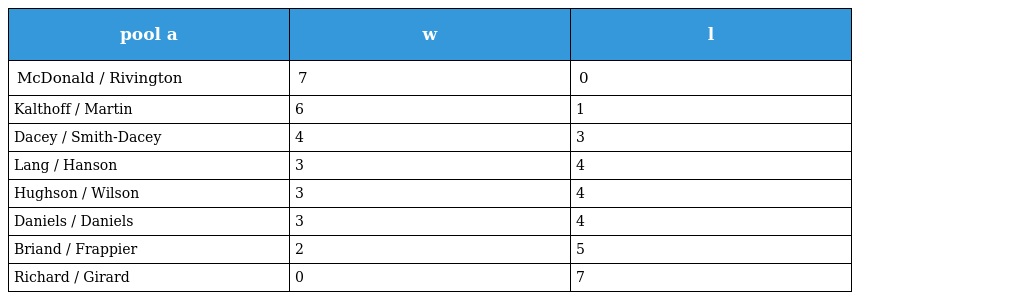
| pool a | w | l |
 | --- | --- | --- |
 | McDonald / Rivington | 7 | 0 |
 | Kalthoff / Martin | 6 | 1 |
 | Dacey / Smith-Dacey | 4 | 3 |
 | Lang / Hanson | 3 | 4 |
 | Hughson / Wilson | 3 | 4 |
 | Daniels / Daniels | 3 | 4 |
 | Briand / Frappier | 2 | 5 |
 | Richard / Girard | 0 | 7 |